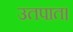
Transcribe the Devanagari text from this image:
उतपात।